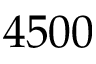
4 5 0 0